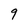
Character: 9